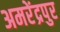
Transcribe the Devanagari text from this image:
अमरेंद्रपुर